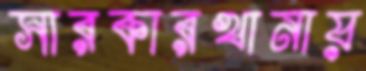
সারকারখানায়